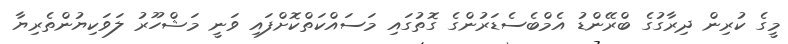
މީގެ ކުރިން ދިރާގުގެ ބްރޭންޑު އެމްބެސެޑަރުންގެ ގޮތުގައި މަސައްކަތްކޮށްފައި ވަނީ މަޝްހޫރު ލަވަކިޔުންތެރިޔާ